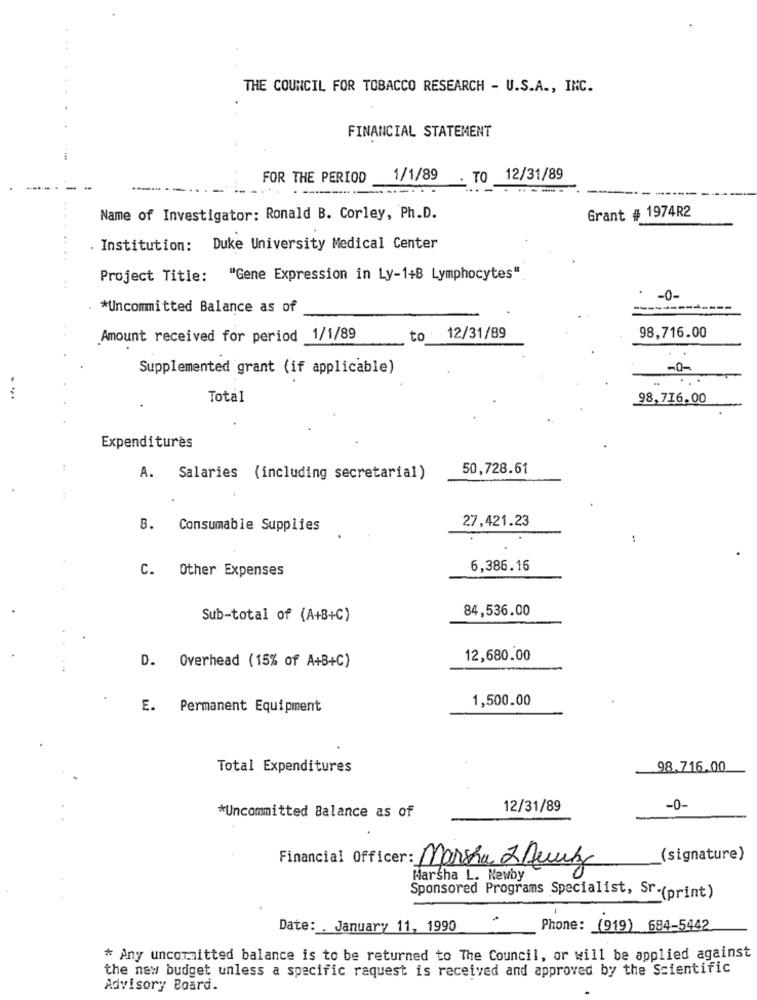
THE COUNCIL FOR TOBACCO RESEARCH - U.S.A ., INC.
FINANCIAL STATEMENT
FOR THE PERIOD
1/1/89
TO
12/31/89
Grant # 1974R2
Name of Investigator: Ronald B. Corley, Ph.D.
. Institution: Duke University Medical Center
Project Title: "Gene Expression in Ly-1+8 Lymphocytes"
-0-
*Uncommitted Balance as of
Amount received for period 1/1/89
to
: 12/31/89
98,716.00
Supplemented grant (if applicable)
-0-
Total
98,716.00
Expenditures
50,728.61
A.
Salaries (including secretarial)
8.
Consumable Supplies
27,421.23
C. Other Expenses
6,386.16
84,536.00
Sub-total of (A+B+C)
D. Overhead (15% of A+B+C)
12,680.00
1,500.00
E. Permanent Equipment
Total Expenditures
98.716.00
12/31/89
-0-
*Uncommitted Balance as of
(signature)
Financial Officer: Marcha 2 Runz
Marsha L. Newby
Sponsored Programs Specialist, Sr-(print)
Date: . January 11, 1990
Phone: (919) 684-5442
* Any uncommitted balance is to be returned to The Council, or will be applied against
the new budget unless a specific request is received and approved by the Scientific
Advisory Board.